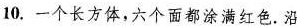
10.一个长方体，六个面都涂满红色。沿